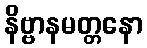
နိဗ္ဗာနမတ္တနော